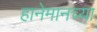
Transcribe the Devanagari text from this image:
हानेमानच्या